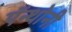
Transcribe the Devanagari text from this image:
ऍन्थोनी